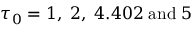
\tau _ { 0 } = 1 , \; 2 , \; 4 . 4 0 2 \; \mathrm { a n d } \; 5